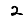
Digit: 2